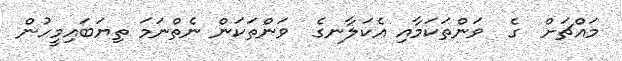
މައްޗަށް  ގެ  ވަންތަކަމާއި އެކަލާނގެ  ވަންތަކަން ނެތްނަމަ ތިޔަބައިމީހުން